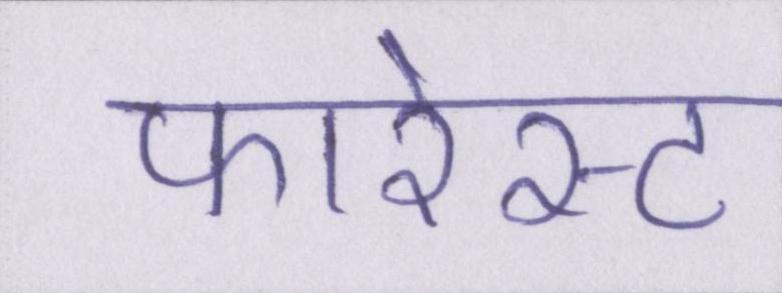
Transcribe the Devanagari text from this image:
फारेस्ट